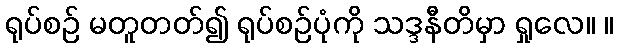
ရုပ်စဉ် မတူတတ်၍ ရုပ်စဉ်ပုံကို သဒ္ဒနီတိမှာ ရှုလေ။ ။